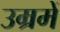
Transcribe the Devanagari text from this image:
उम्रमें